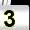
Digit: 3